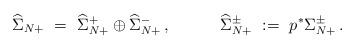
LaTeX: \begin{align*}\widehat{\Sigma}_{N+}\ = \ \widehat{\Sigma}_{N+}^+\oplus \widehat{\Sigma}_{N+}^-\,,\quad\qquad\widehat{\Sigma}_{N+}^\pm\ :=\ p^*\Sigma_{N+}^\pm\,.\end{align*}